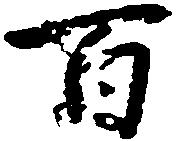
百